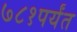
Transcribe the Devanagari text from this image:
७८१पर्यंत